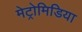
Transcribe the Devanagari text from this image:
मेट्रोमिडिया